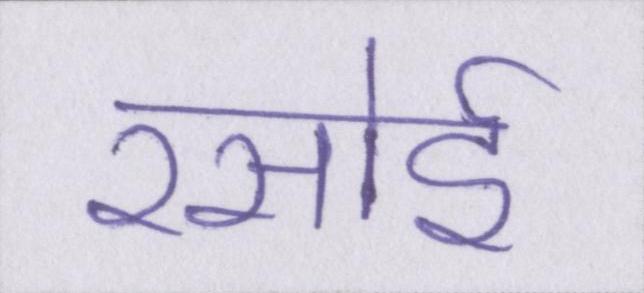
रसोई